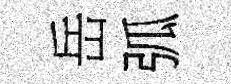
岳弧